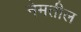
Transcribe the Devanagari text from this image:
नेमतील